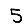
Digit: 5